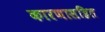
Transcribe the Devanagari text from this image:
कारणासहित